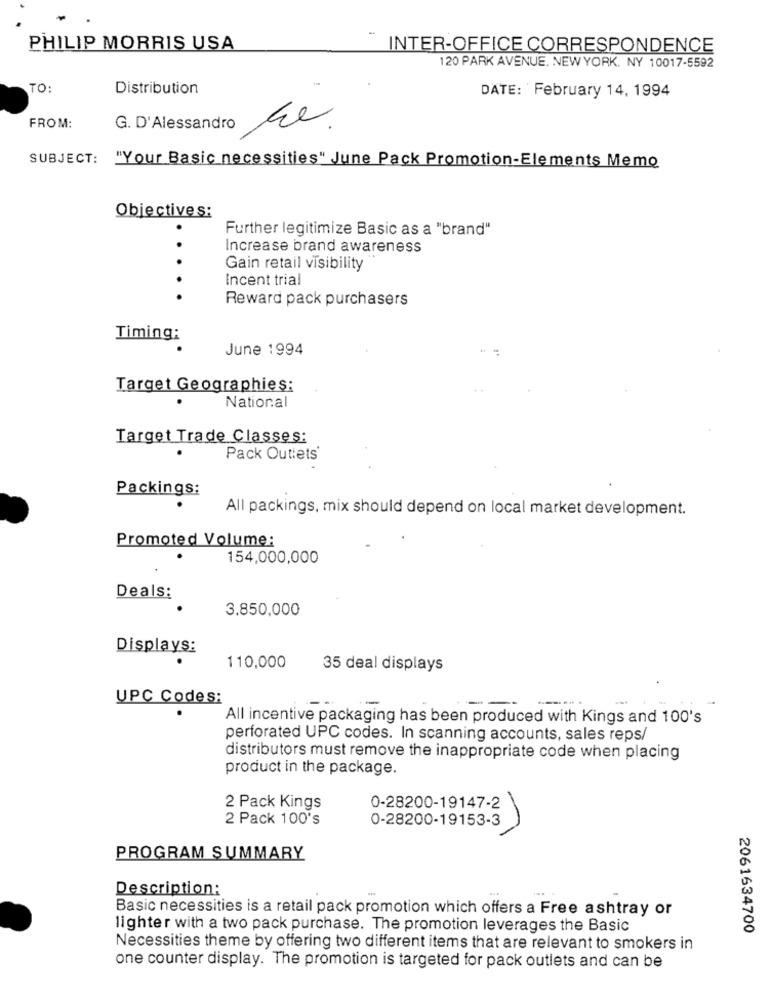
-
PHILIP MORRIS USA
INTER-OFFICE CORRESPONDENCE
120 PARK AVENUE. NEW YORK. NY 10017-5592
TO:
Distribution
DATE: February 14, 1994
FROM:
G. D'Alessandro
he.
SUBJECT: "Your Basic necessities" June Pack Promotion-Elements Memo
Objectives:
Further legitimize Basic as a "brand"
Increase brand awareness
.
Gain retail visibility
Incent trial
Reward pack purchasers
Timing:
June 1994
Target Geographies:
National
Target Trade Classes:
Pack Outiets'
Packings:
All packings, mix should depend on local market development.
Promoted Volume:
154,000,000
Deals:
3.850,000
Displays:
110,000
35 deal displays
UPC Codes:
All incentive packaging has been produced with Kings and 100's
perforated UPC codes. In scanning accounts, sales reps/
distributors must remove the inappropriate code when placing
product in the package.
2 Pack Kings
0-28200-19147-2
2 Pack 100's
0-28200-19153-3
PROGRAM SUMMARY
Description:
Basic necessities is a retail pack promotion which offers a Free ashtray or
lighter with a two pack purchase. The promotion leverages the Basic
2061634700
Necessities theme by offering two different items that are relevant to smokers in
one counter display. The promotion is targeted for pack outlets and can be